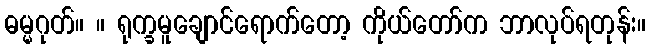
ဓမ္မဂုတ်။ ။ ရုက္ခမူချောင်ရောက်တော့ ကိုယ်တော်က ဘာလုပ်ရတုန်း။